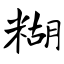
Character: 糊